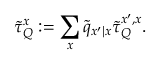
\tilde { \tau } _ { Q } ^ { x } : = \sum _ { x } \tilde { q } _ { x ^ { \prime } | x } \tilde { \tau } _ { Q } ^ { x ^ { \prime } , x } .